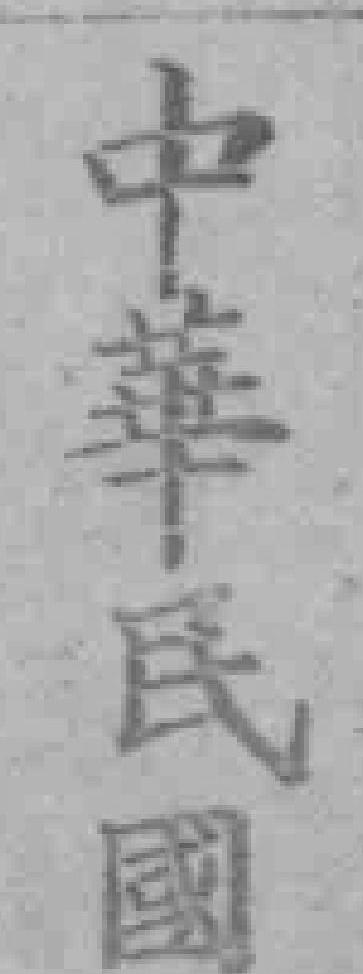
中華民國